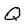
Character: Q